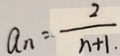
a _ { n } = \frac { 2 } { n + 1 }